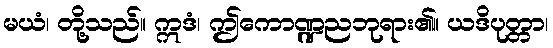
မယံ၊ တို့သည်။ ဣဒံ၊ ဤကောဏ္ဍညဘုရား၏။ ယဒိပုတ္တာ၊